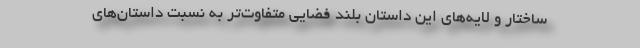
ساختار و لایه‌های این داستان بلند فضایی متفاوت‌تر به نسبت داستان‌های